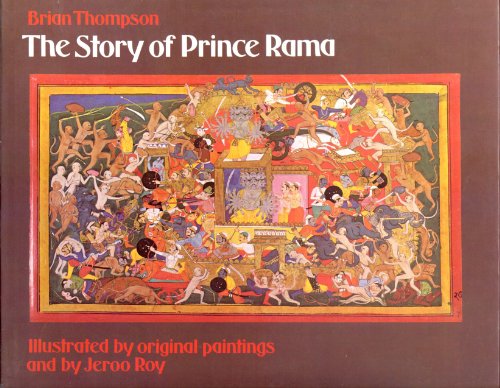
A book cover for The Story of Prince Rama (Viking Kestrel picture books); Brian Thompson; Children's Books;